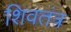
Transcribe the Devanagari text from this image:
शिवतंत्र